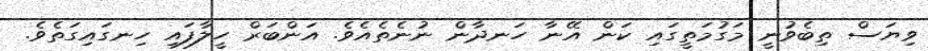
ވިޔަސް ތިބެވުނީ މަގުމަތީގައި ކަން އޭނާ ހަނދާން ނުނެތެއެވެ. އަންބަރް ހީލާފައި ހިނގައިގަތެވެ.